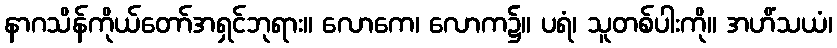
နာဂသိန်ကိုယ်တော်အရှင်ဘုရား။ လောကေ၊ လောက၌။ ပရံ၊ သူတစ်ပါးကို။ အဟိံသယံ၊